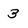
Character: 3